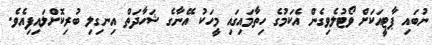
ނުބައި ޕާޓީއަކަށް ވޯޓުލެވިގެން އެކަމުގެ ހިތާމައިގައި މީހަކު އޭނާގެ ޝަހާދަތް އިނގިލި ބުރިކޮށްލައިފިއެވެ.